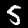
Label: 5